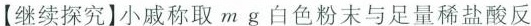
【继续探究】小戚称取m g白色粉末与足量稀盐酸反应，充分反